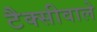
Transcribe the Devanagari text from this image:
टैक्सीवाले